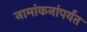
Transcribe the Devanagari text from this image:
नामांकनांपर्यंत